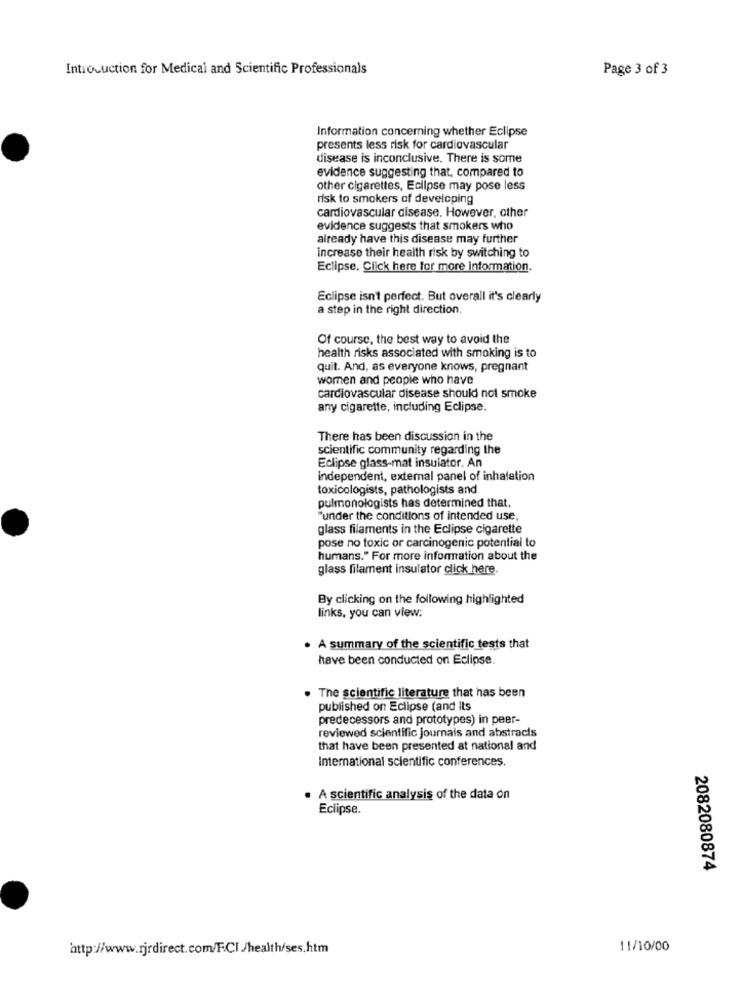
Introduction for Medical and Scientific Professionals
Page 3 of 3
Information concerning whether Eclipse
presents less risk for cardiovascular
disease is inconclusive. There is some
evidence suggesting that, compared to
other cigarettes, Eclipse may pose less
risk to smokers of developing
cardiovascular disease. However, other
evidence suggests that smokers who
already have this disease may further
increase their health risk by switching to
Eclipse, Click here for more information.
Eclipse isn't perfect. But overall it's clearly
a step in the right direction.
Of course, the best way to avoid the
health risks associated with smoking is to
quit. And, as everyone knows, pregnant
women and people who have
cardiovascular disease should not smoke
any cigarette, including Eclipse.
There has been discussion in the
scientific community regarding the
Eclipse glass-mat insulator. An
independent, external panel of inhalation
toxicologists, pathologists and
pulmonologists has determined that.
"under the conditions of intended use,
glass filaments in the Eclipse cigarette
pose no toxic or carcinogenic potential to
humans." For more information about the
glass filament insulator click here.
By clicking on the following highlighted
links, you can view:
. A summary of the scientific tests that
have been conducted on Eclipse.
The scientific literature that has been
published on Eclipse (and its
predecessors and prototypes) in peer-
reviewed scientific journals and abstracts
that have been presented at national and
International scientific conferences.
. A scientific analysis of the data on
Eclipse
2082080874
http://www.rjrdirect.com/F.CI /health/ses.htm
11/10/00